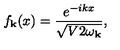
f _ { { \bf k } } ( x ) = \frac { e ^ { - i k x } } { \sqrt { V 2 \omega _ { { \bf k } } } } ,